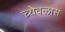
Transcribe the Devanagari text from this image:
च्येवलास